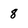
Character: 8